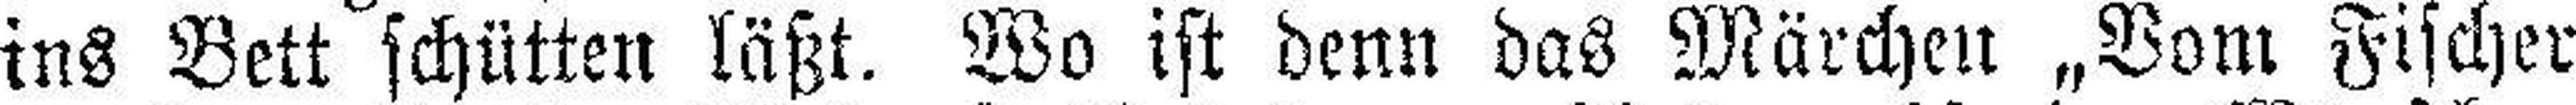
ins Bett schütten läßt. Wo ist denn das Märchen „Vom Fischer